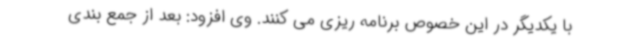
با یکدیگر در این خصوص برنامه ریزی می کنند. وی افزود: بعد از جمع بندی